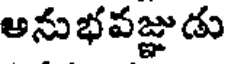
అనుభవజ్ఞుడు